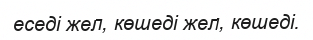
еседі жел, көшеді жел, көшеді.